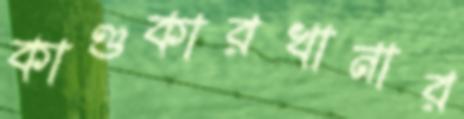
কাণ্ডকারখানার